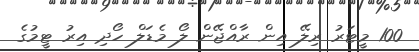
100 މީޓަރު ރިލޭ އިން ރާއްޖޭން ލޯ މެޑަލް ހޯދި އިރު ޓީމުގެ